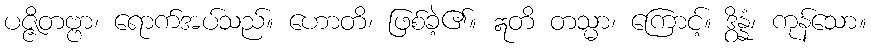
ပဇ္ဇိတဗ္ဗာ၊ ရောက်အပ်သည်။ ဟောတိ၊ ဖြစ်ခဲ့၏။ ဣတိ တသ္မာ၊ ကြောင့်။ ဒွိန္နံ၊ ကုန်သော။